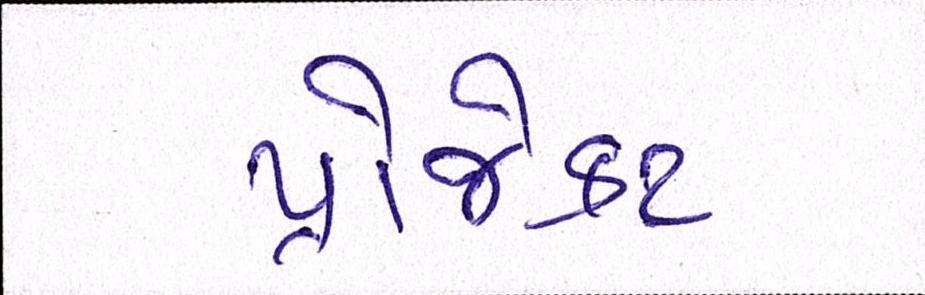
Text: પ્રોજેક્ટ